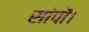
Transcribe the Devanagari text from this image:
सांपों।